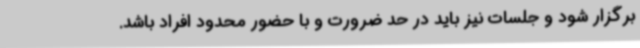
برگزار شود و جلسات نیز باید در حد ضرورت و با حضور محدود افراد باشد.